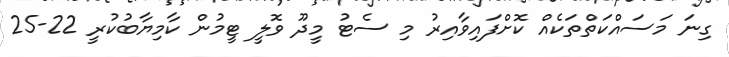
ގިނަ މަސައްކަތްތަކެއް ކޮށްފައިވާއިރު މި ސެޓު މީދޫ ވޮލީ ޓީމުން ކާމިޔާބުކުރީ 22-25